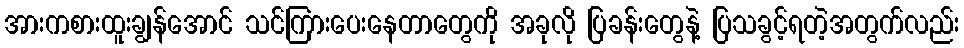
အားကစားထူးချွန်အောင် သင်ကြားပေးနေတာတွေကို အခုလို ပြခန်းတွေနဲ့ ပြသခွင့်ရတဲ့အတွက်လည်း